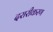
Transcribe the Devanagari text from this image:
दरारीकरण